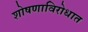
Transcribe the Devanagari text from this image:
शोषणाविरोधात